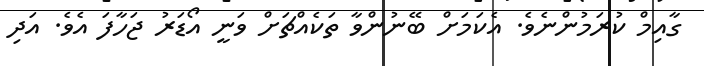
ގާއިމް ކުރަމުންނެވެ. އެކަމަށް ބޭނުންވާ ތަކެއްޗަށް ވަނީ އޯޑަރު ޖަހާފަ އެވެ. އަދި